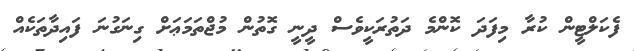
ފެކަލްޓީން ކުރާ މިފަދަ ކޮންމެ ދަތުރަކީވެސް ދީނީ ގޮތުން މުޖްތަމަޢަށް ގިނަގުނަ ފައިދާތަކެއް